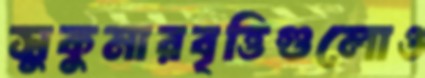
সুকুমারবৃত্তিগুলোও